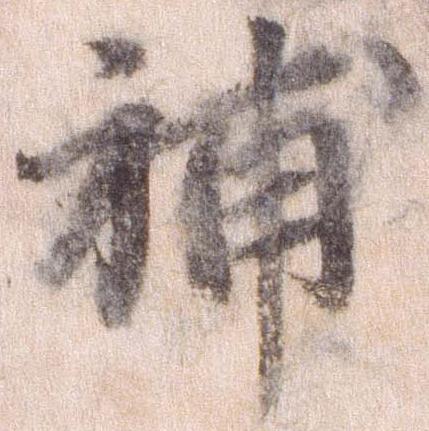
補